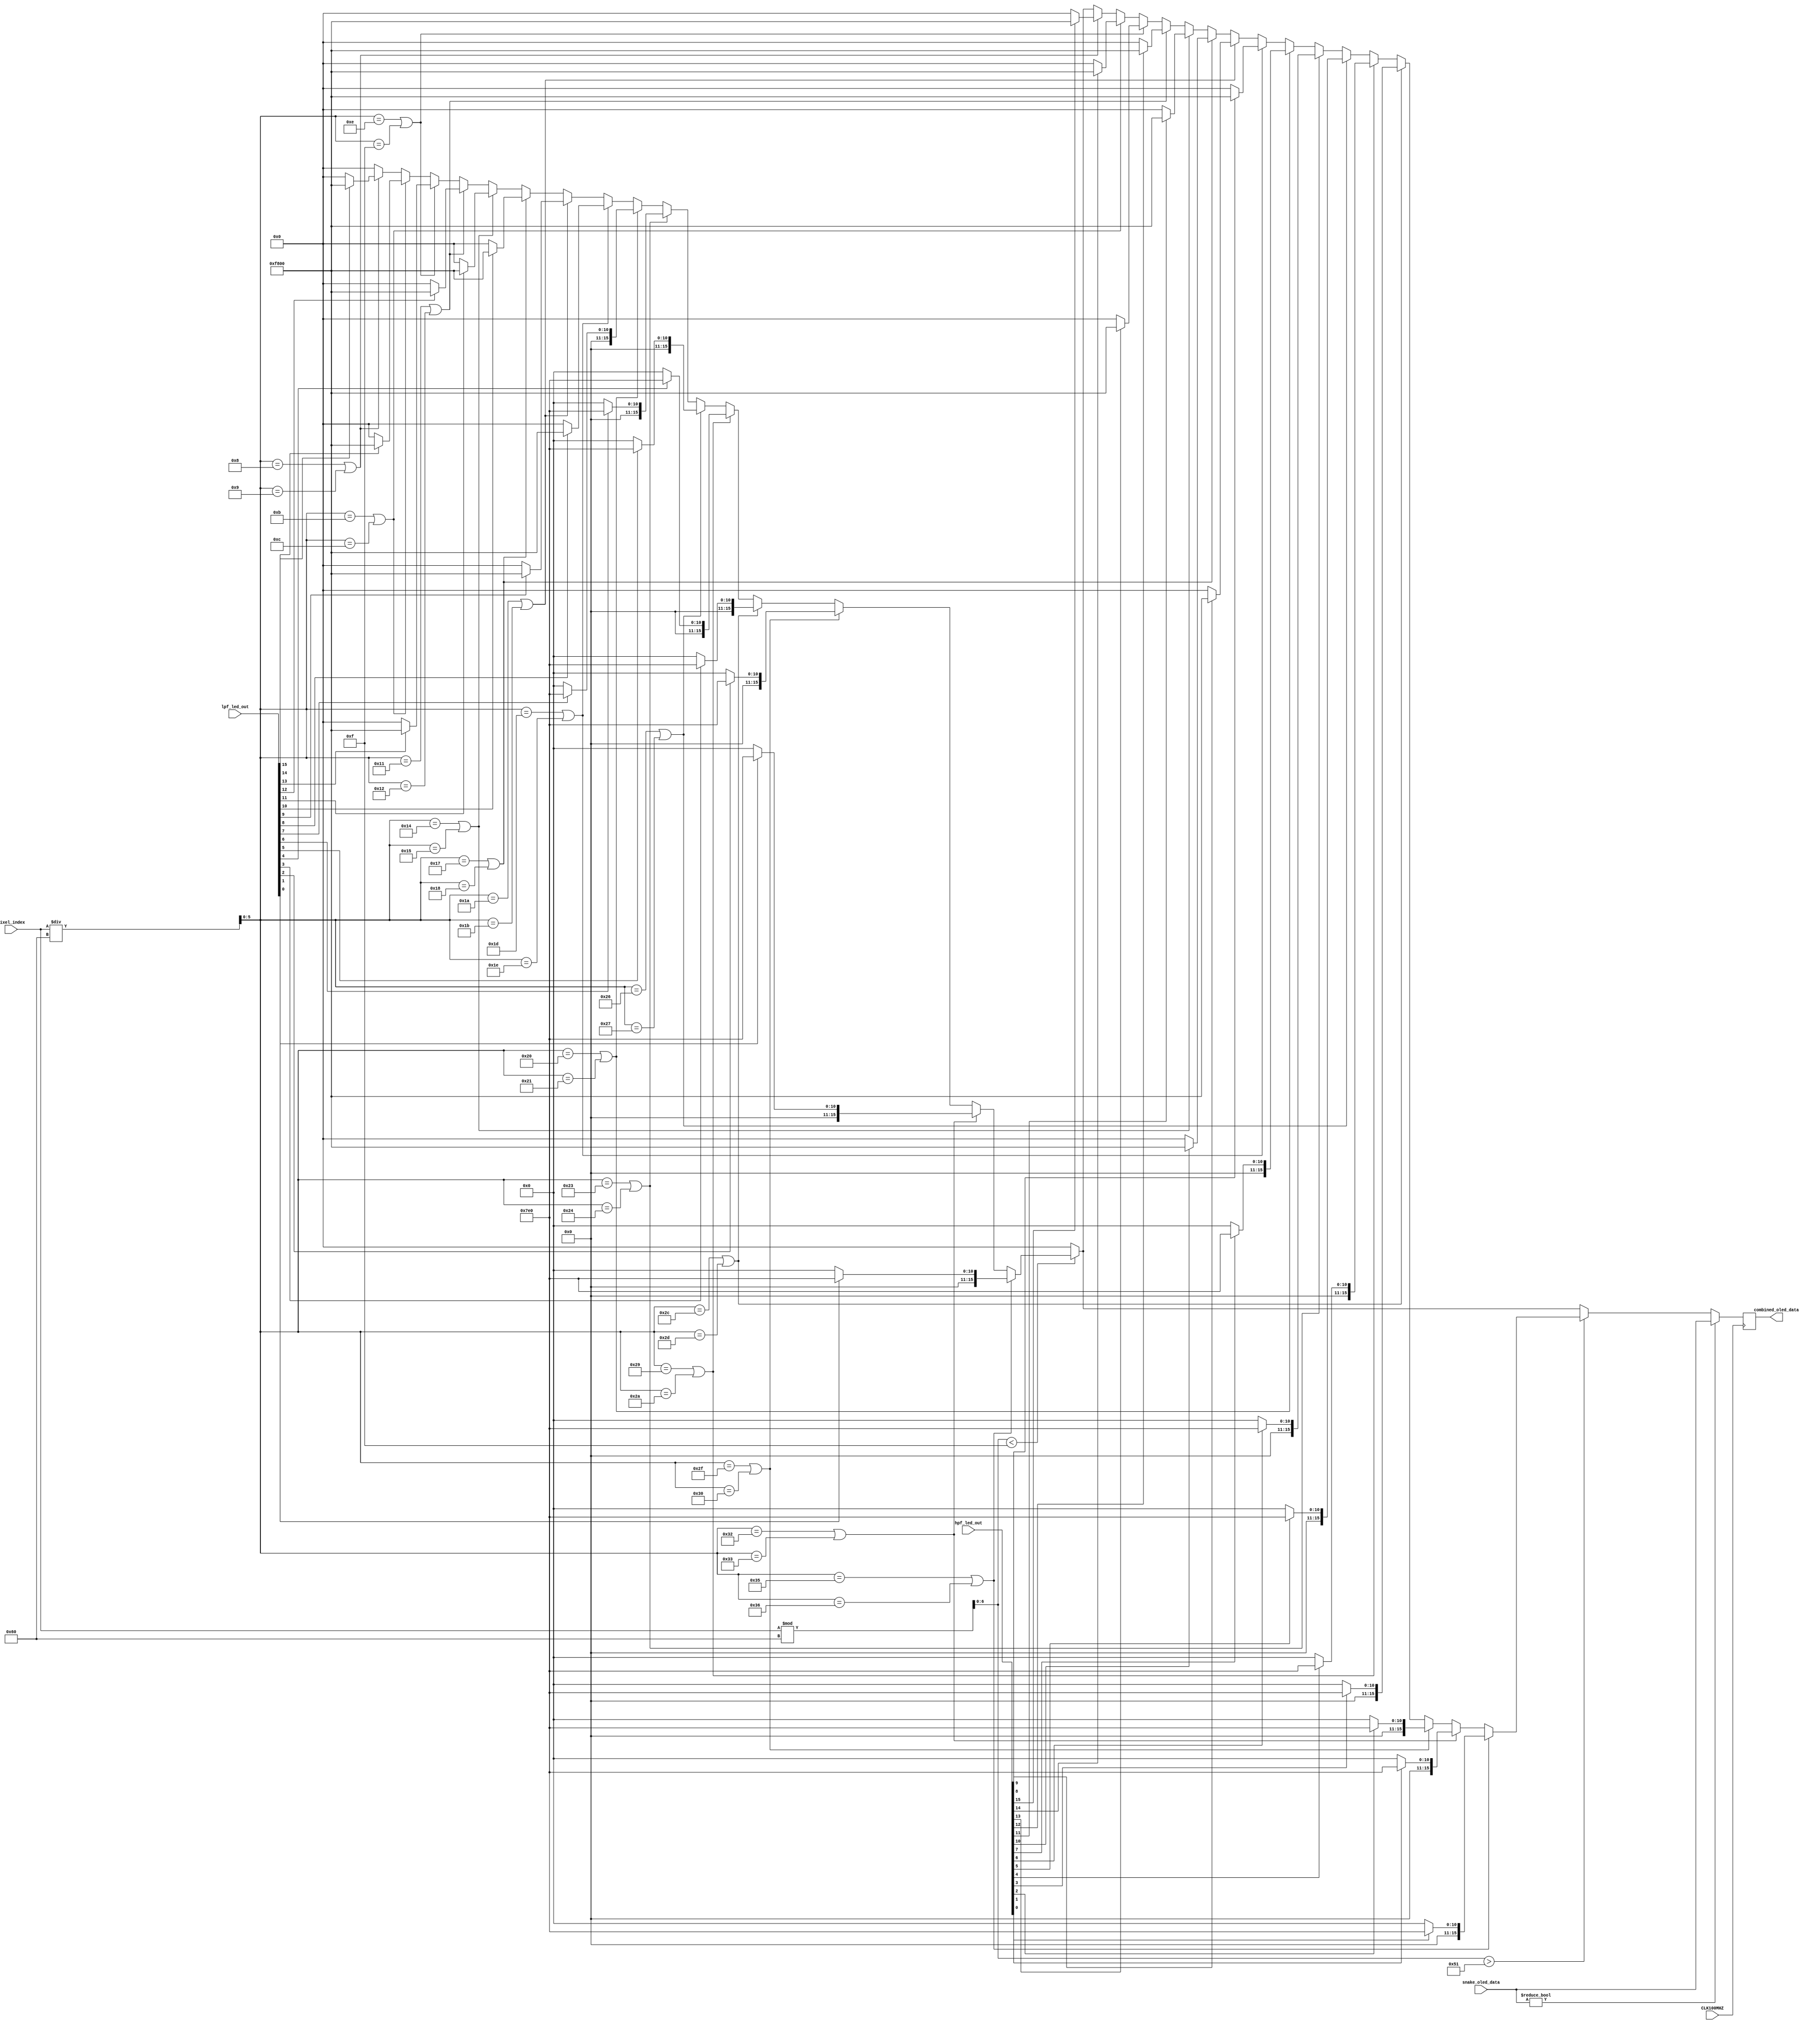
`timescale 1ns / 1ps
//////////////////////////////////////////////////////////////////////////////////
// Company: 
// Engineer: 
// 
// Design Name: 
// Module Name: snake_volume_bars
// Project Name: 
// Target Devices: 
// Tool Versions: 
// Description: 
// 
// Dependencies: 
// 
// Revision:
// Revision 0.01 - File Created
// Additional Comments:
// 
//////////////////////////////////////////////////////////////////////////////////


module snake_volume_bars(
    input CLK100MHZ,
    input [15:0] lpf_led_out,
    input [15:0] hpf_led_out,
    input [12:0] pixel_index,
    input [15:0] snake_oled_data,
    output reg [15:0] combined_oled_data
    );
    
    reg [15:0] black = 16'b00000_000000_00000;
    reg [15:0] red = 16'b11111_000000_00000;
    reg [15:0] green = 16'b00000_111111_00000;
    
    reg [6:0] x; 
    reg [5:0] y;
    
    integer i;
    
    always @ (posedge CLK100MHZ) begin
        if (snake_oled_data != 0) begin
            combined_oled_data = snake_oled_data; //copy snake_oled_data if it's already coloured
        end
        else begin
            combined_oled_data = 0;
            x = pixel_index % 96; // [0:95]
            y = pixel_index / 96; // [0:63]
            
            if (x < 15) begin
                for (i = 0; i < 16; i = i + 1) begin
                    if (y == (8 + 3 * i) || y == (9 + 3 * i)) begin
                        if (i < 8) begin
                            combined_oled_data = (lpf_led_out[15-i]) ? red : black;
                        end
                        else begin
                            combined_oled_data = (lpf_led_out[15-i]) ? green : black;
                        end
                    end
                end
            end
            
            if (x > 81) begin
                for (i = 0; i < 16; i = i + 1) begin
                    if (y == (8 + 3 * i) || y == (9 + 3 * i)) begin
                        if (i < 8) begin
                            combined_oled_data = (hpf_led_out[15-i]) ? red : black;
                        end
                        else begin
                            combined_oled_data = (hpf_led_out[15-i]) ? green : black;
                        end
                    end
                end
            end
        end
    end
    
endmodule